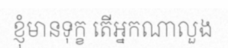
ខ្ញុំមានទុក្ខ តើអ្នកណាលួង